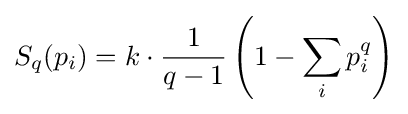
S_{q}({p_{i}})=k\cdot {\frac {1}{q-1}}\left(1-\sum _{i}p_{i}^{q}\right)